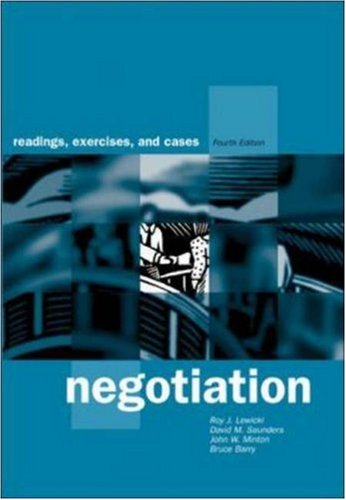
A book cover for Negotiation: Readings, Exercises, and Cases; Roy J Lewicki; Business & Money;